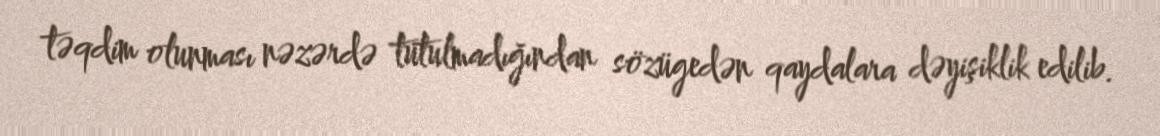
təqdim olunması nəzərdə tutulmadığından sözügedən qaydalara dəyişiklik edilib.